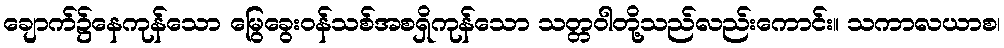
ချောက်၌နေကုန်သော မြွေခွေးဝန်သစ်အစရှိကုန်သော သတ္တဝါတို့သည်လည်းကောင်း။ သကာလယာစ၊